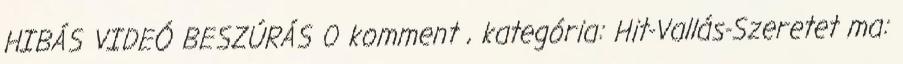
HIBÁS VIDEÓ BESZÚRÁS 0 komment , kategória: Hit-Vallás-Szeretet ma: